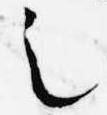
之